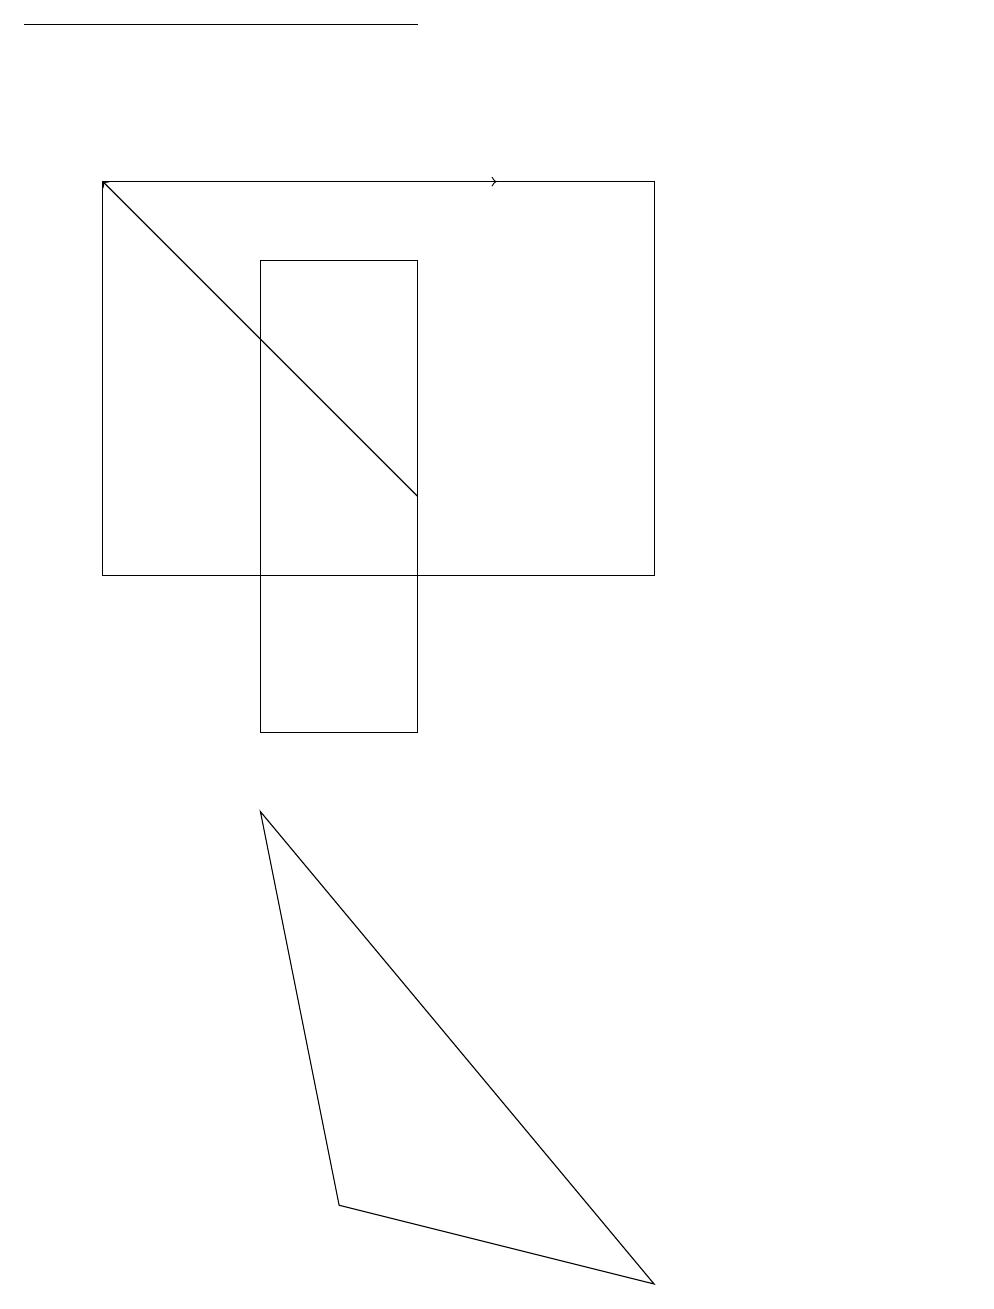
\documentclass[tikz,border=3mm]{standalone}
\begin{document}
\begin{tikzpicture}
\draw[->] (2,17) -- (6,17);
\draw (5,19) rectangle (0,19);
\draw (1,17) rectangle (8,12);
\draw[->] (5,13) -- (1,17);
\draw (12,12) circle (0);
\draw (8,3) -- (3,9) -- (4,4) -- cycle;
\draw (3,16) rectangle (5,10);
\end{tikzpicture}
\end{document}